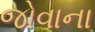
જોવાના